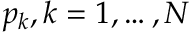
p _ { k } , k = 1 , \ldots , N